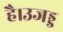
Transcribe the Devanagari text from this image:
है।उजड्ड